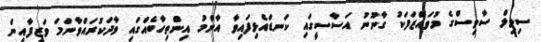
ސިވިލް ސާވިސްގެ މުވައްޒަފަކު ގާނޫނު އަސާސީގައި ކަނޑައެޅިފައިވާ އާންމު އިންތިހާބެއްގައި ވާދަކުރައްވާނަމަ ވަޒީފާއިން